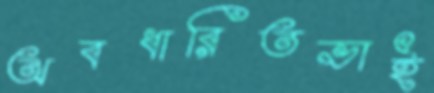
অবধারিতভাই